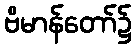
ဗိမာန်တော်၌